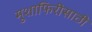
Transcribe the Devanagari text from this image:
मुशाफिरीसाठी